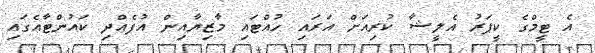
އެ ޓީމްގެ ކީޕަރު އެލީޝާ ކުރިއަށް އަރައި ހުއްޓައި މާޒިޔާއިން އުފެއްދި ކައުންޓާއެގައި